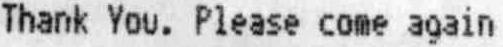
THANK YOU. PLEASE COME AGAIN